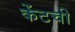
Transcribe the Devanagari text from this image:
केंटची